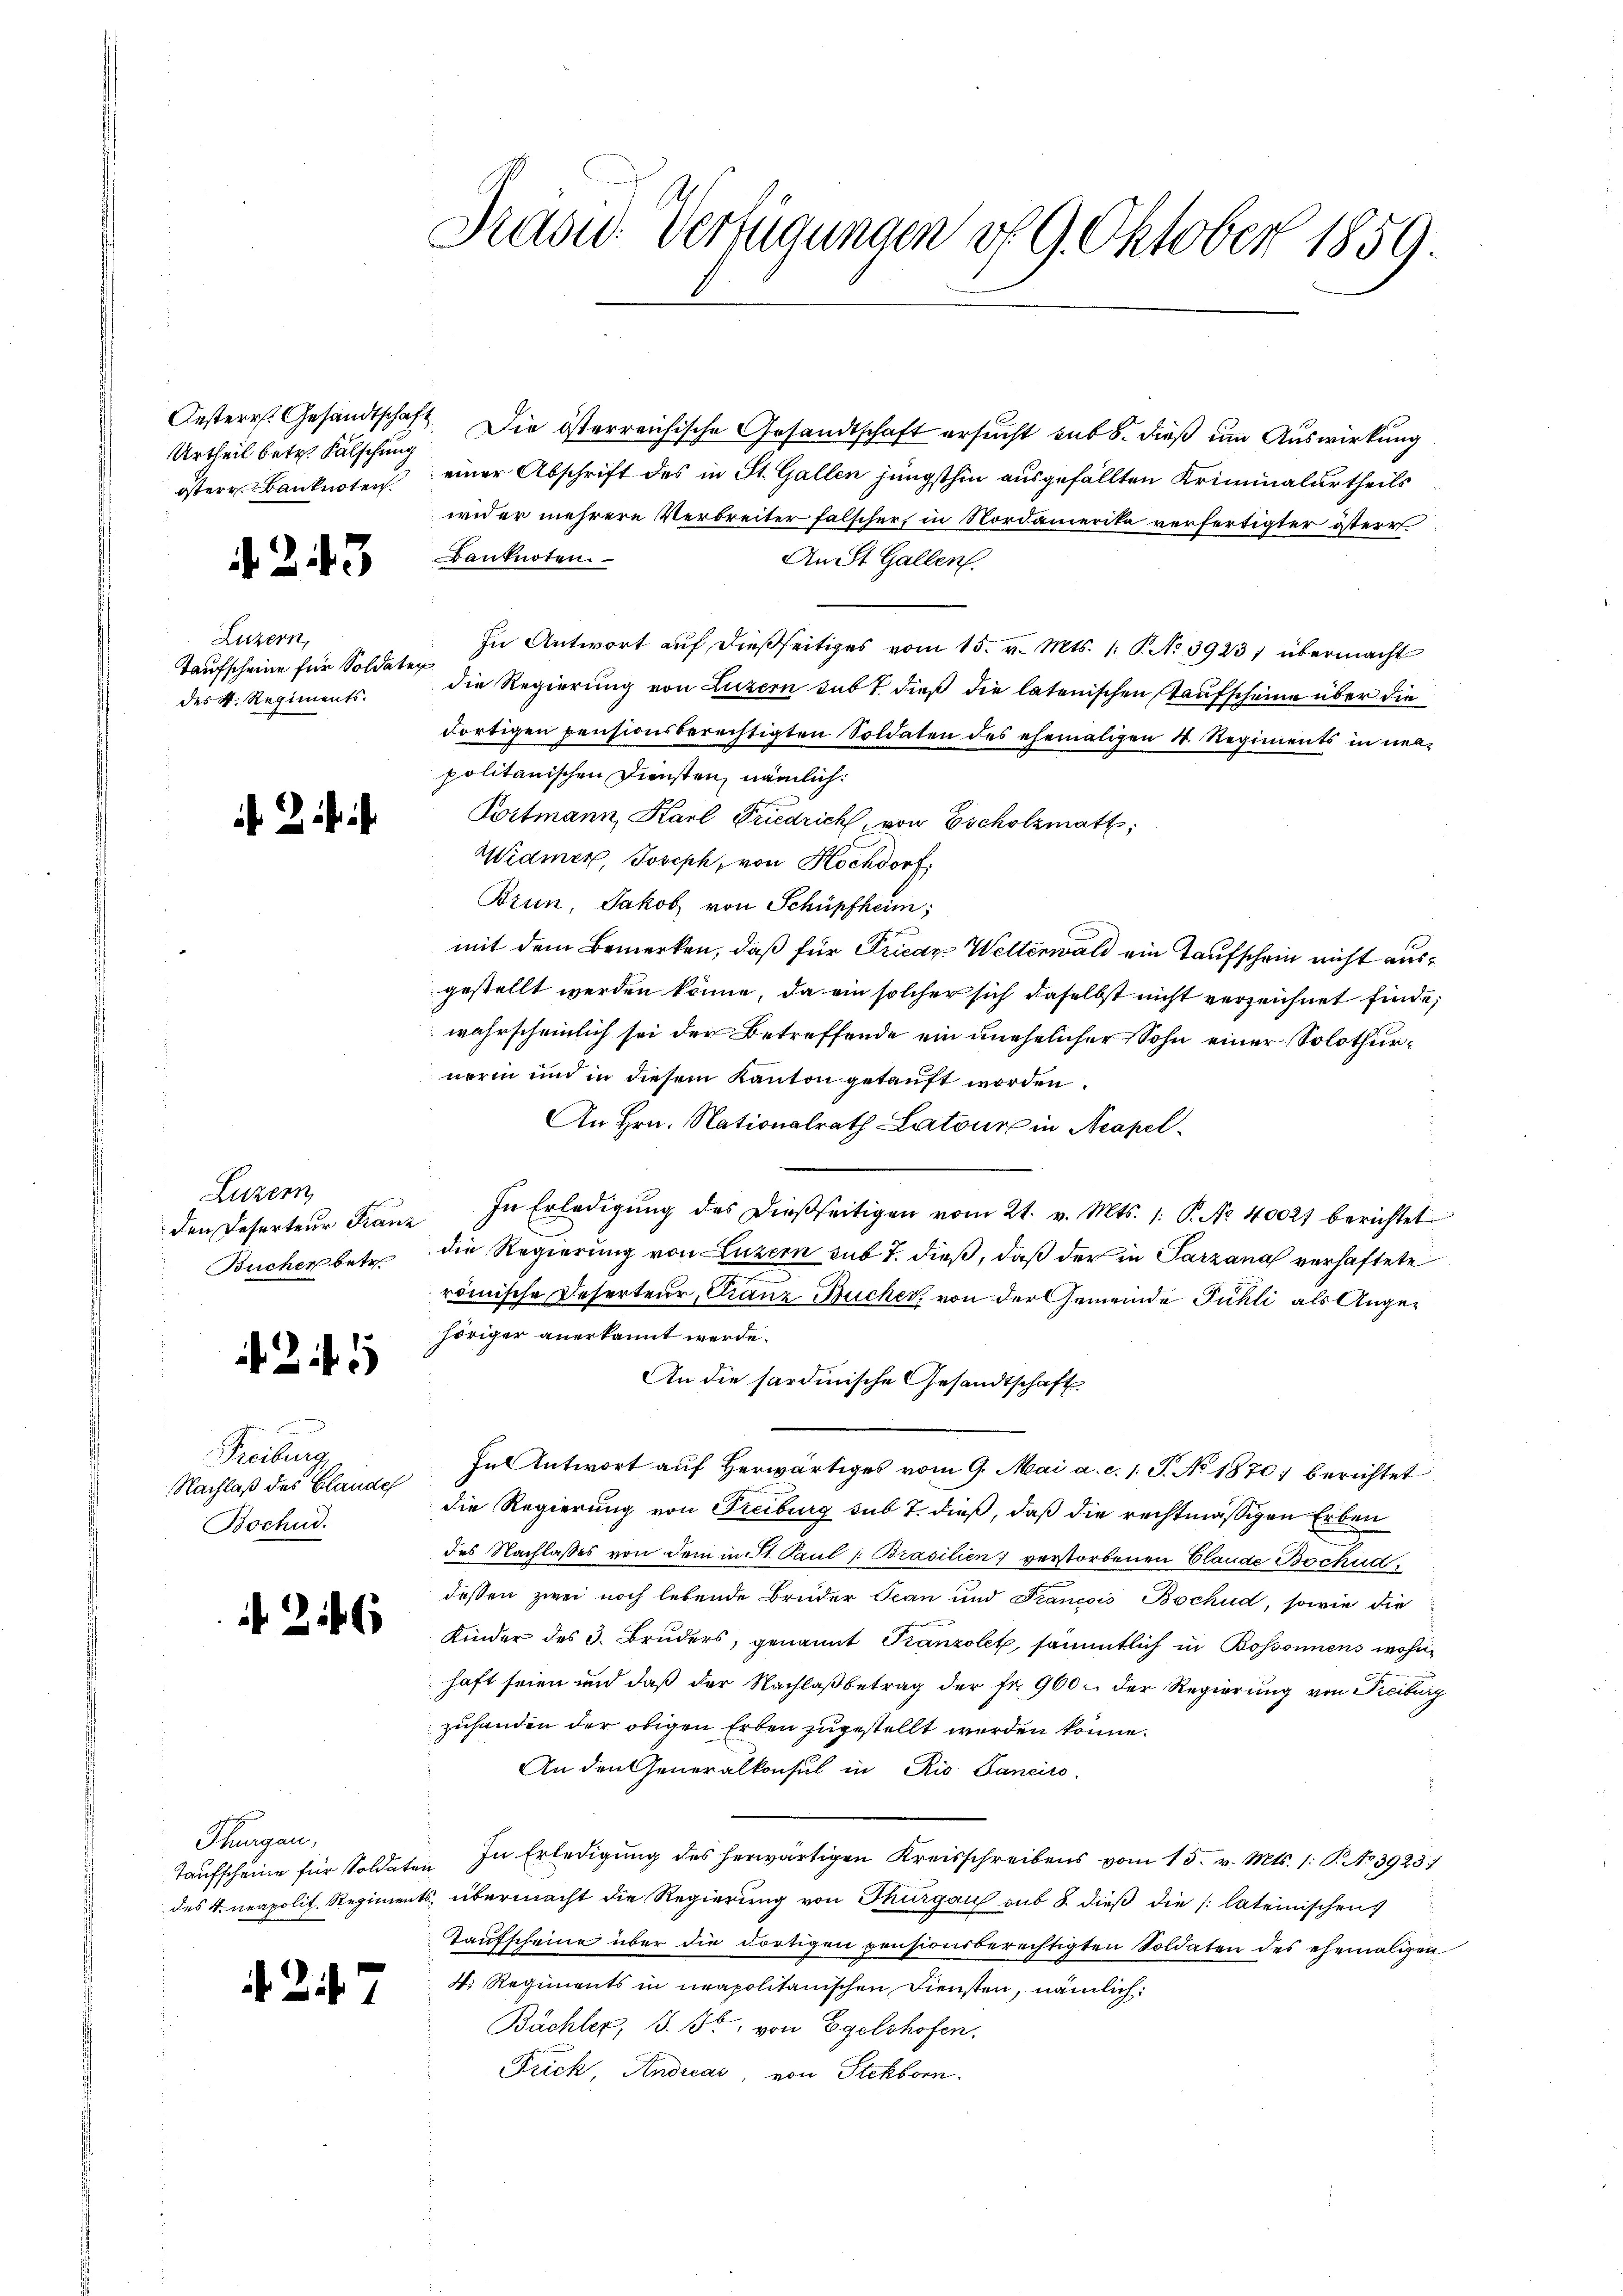
Urtheil betr. Fälschung

. 243

Luzern,
Taufscheine für Soldaten
des K. Regiments.

Luzern
Bucher betr.

25

Freiburg
Nachlaß des Blandel
Bochud.

216

Thurgau,

A Zif. 7

Frasid. Verfügungen v. 9. Oktober 1859.

Oesterr. Gesandtschaft. Die österreichische Gesandtschaft ersucht sub 8. dieß um Auswirkung
östere Banknoten einer Abschrift des in St. Gallen jüngsthin ausgefällten Kriminalurtheils
wider mehrere Verbreiter falscher, in Nordamerika verfertigter österr
Banknoten.
An St. Gallen.
In Antwort auf dießseitiges vom 15. v. Mts. 1. P. No 3923, übermacht
die Regierung von Luzern subt dieß die latenischen aufscheine über die
dortigen pensionsberechtigten Soldaten des ehemaligen 4. Regiments in neu-
politanischen Diensten, nämlich:
Portmann, Karl Friedrich, von Escholzmatt,
Widmer, Joseph, von Hochdorf
Brun, Jakob von Schüpfheim;
mit dem Bemerken, daß für Frican Wetterwald ein Taufschein nicht ausgestellt werden könne, da ein solcher sich daselbst nicht verzeichnet finde,
wahrscheinlich sei der Betreffende ein unehelicher Sohn einer Solothurnerin und in diesem Kanton getauft worden.
An Hrn. Nationalrath Latour in Neapel-
den Deserteŭr Franz In Erledigŭng des dießseitigen vom 21. v. Mts. 1. P. Nr. 40021 berichtet
die Regierung von Luzern sub 7. dieß, daß der in Parzana verhaftete
e
römische Deserteur, Franz Bucher, von der Gemeinde Fühli als Angehöriger anerkannt werde.
An die sardinische Gesandtschaft
Ful Antwort auf herwärtiges vom 9. Mai a. c. s. S. No 1870 berichtet
die Regierung von Freiburg sub 7. dieß, daß die rechtmäßigen Erben
des Nachlasses von dem in St. Paul /: Brasilien) verstorbenen Claude Bockud
dessen zwei noch lebende Brüder Scan und Francois Bochud, sowie die
Kinder des 3. Bruders, genannt Franzolet, sämmtlich in Bossonnens wohnhaft seien und daß der Nachlaß betrag der fr. 960. Der Regierung von Freiburg
zuhanden der obigen Erben zugestellt werden könne.
An den Generalkonsul in Rio Sanciro.
Taufscheine für Soldaten. In Erledigung des herwärtigen Kreisschreibens vom 15. v. Mts. 1: P. No 3923.
des 4. neapolit. Regiments, übermacht die Regierung von Thurgau sub 8. dieß die (lateinischen
Taufscheine über die dortigen pensionsberechtigten Soldaten des ehemaligen
4. Regiments in neapolitanischen Diensten, nämlich:
Bächler, S. 3, von Egelshofen,
Frick, Andreas, von Stehborn.